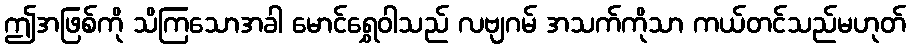
ဤအဖြစ်ကို သိကြသောအခါ မောင်ရွှေဝါသည် လဗျဂမ် အသက်ကိုသာ ကယ်တင်သည်မဟုတ်